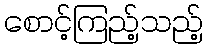
စောင့်ကြည့်သည့်